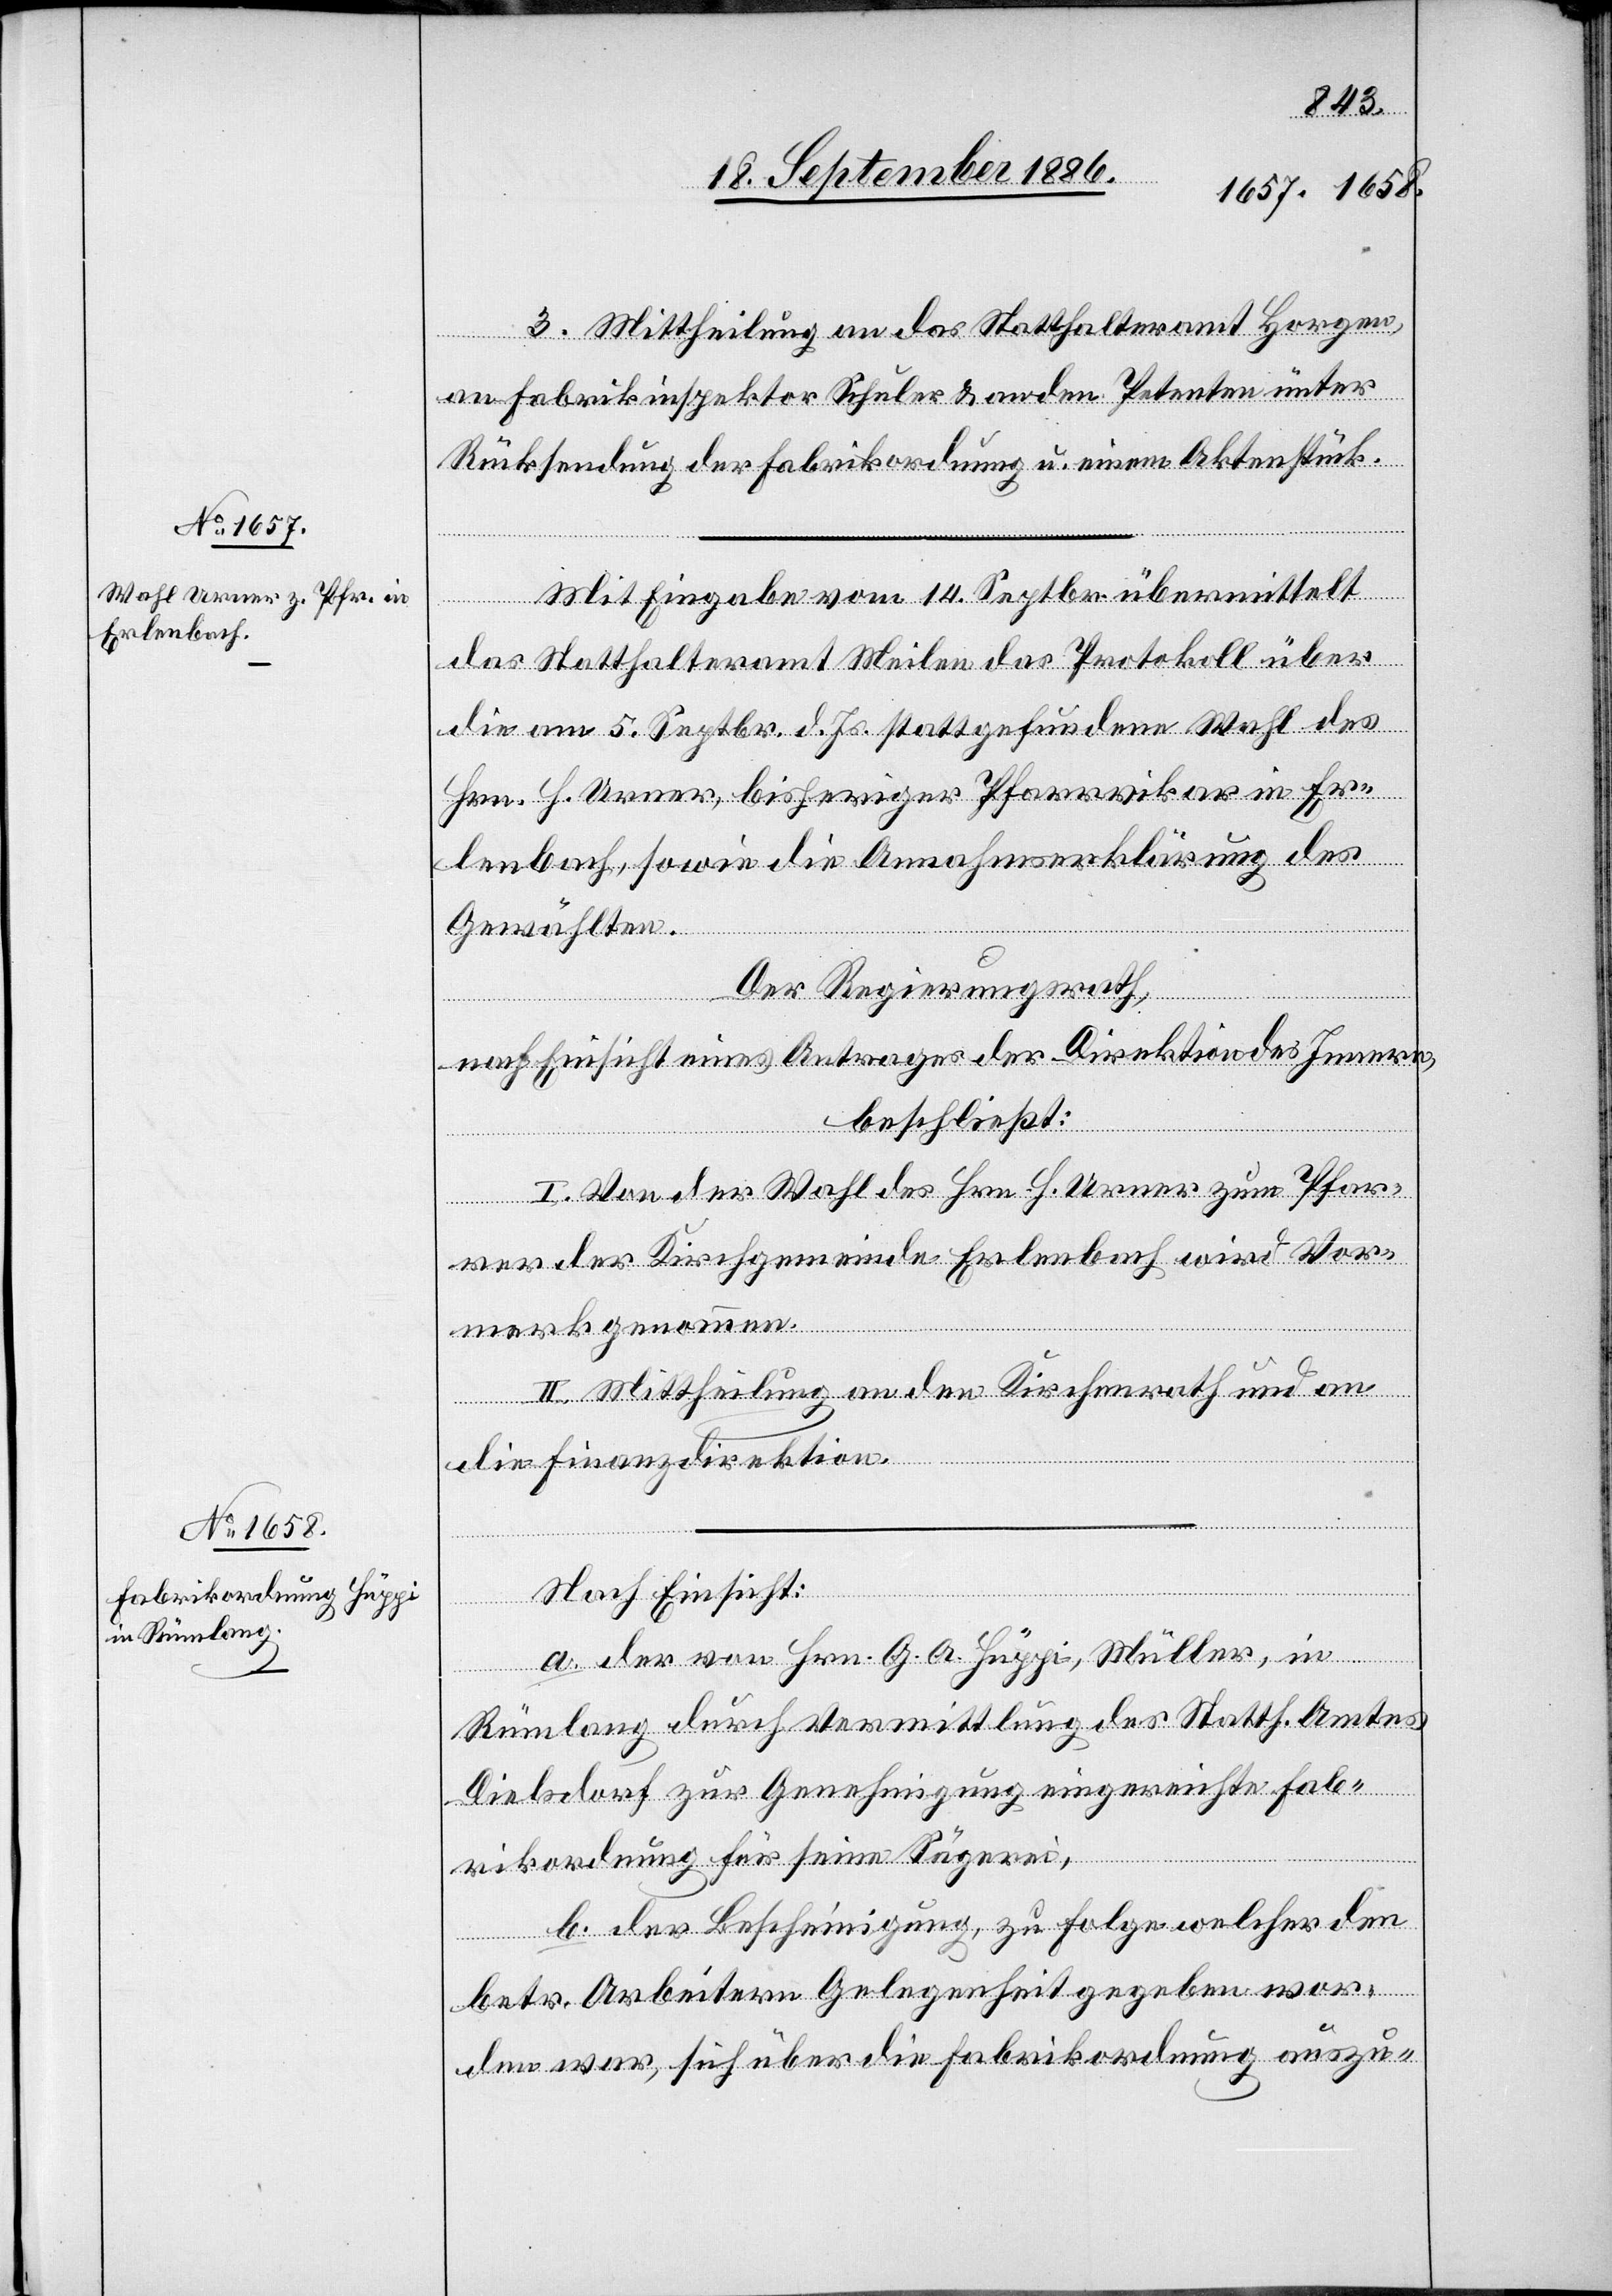
3. Mittheilung an das Statthalteramt Horgen,
an Fabrikinspektor Schuler & an den Petenten unter
Rücksendung der Fabrikordnung u. einem Aktenstück.
Mit Eingabe vom 14. Septbr. übermittelt
das Statthalteramt Meilen das Protokoll über
die am 5. Septbr. d. Js. stattgefundene Wahl des
Hrn. H. Urner, bisheriger Pfarrvikar in Er¬
lenbach, sowie die Annahmserklärung des
Gewählten.
Der Regierungsrath,
nach Einsicht eines Antrages der Direktion des Innern,
beschließt:
I. Von der Wahl des Hrn. H. Urner zum Pfarr¬
er der Kirchgemeinde Erlenbach wird Vor¬
merk genommen.
II. Mittheilung an den Kirchenrath und an
die Finanzdirektion.
Nach Einsicht:
a. der von Hrn. G. A. Hüppi, Müller, in
Rümlang durch Vermittlung des Statth. Amtes
Dielsdorf zur Genehmigung eingereichte[n] Fab¬
rikordnung für seine Sägerei,
b. der Bescheinigung, zu Folge welcher den
betr. Arbeitern Gelegenheit gegeben wor¬
den war, sich über die Fabrikordnung auszu-